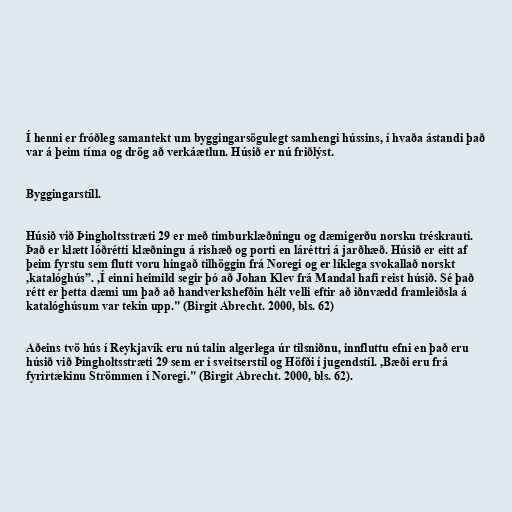
Í henni er fróðleg samantekt um byggingarsögulegt samhengi hússins, í hvaða ástandi það
var á þeim tíma og drög að verkáætlun. Húsið er nú friðlýst.

Byggingarstíll.

Húsið við Þingholtsstræti 29 er með timburklæðningu og dæmigerðu norsku tréskrauti.
Það er klætt lóðrétti klæðningu á rishæð og porti en láréttri á jarðhæð. Húsið er eitt af
þeim fyrstu sem flutt voru hingað tilhöggin frá Noregi og er líklega svokallað norskt
,katalóghús”. ,Í einni heimild segir þó að Johan Klev frá Mandal hafi reist húsið. Sé það
rétt er þetta dæmi um það að handverkshefðin hélt velli eftir að iðnvædd framleiðsla á
katalóghúsum var tekin upp." (Birgit Abrecht. 2000, bls. 62)

Aðeins tvö hús í Reykjavík eru nú talin algerlega úr tilsniðnu, innfluttu efni en það eru
húsið við Þingholtsstræti 29 sem er í sveitserstíl og Höfði í jugendstíl. ,Bæði eru frá
fyrirtækinu Strömmen í Noregi." (Birgit Abrecht. 2000, bls. 62).